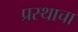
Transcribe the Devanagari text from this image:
प्रस्थाचा